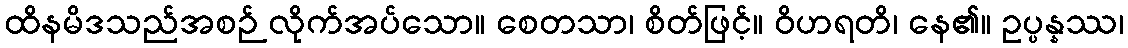
ထိနမိဒသည်အစဉ် လိုက်အပ်သော။ စေတသာ၊ စိတ်ဖြင့်။ ဝိဟရတိ၊ နေ၏။ ဥပ္ပန္နဿ၊